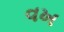
વખ